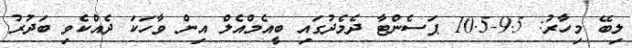
ލިބޭ މިހާރު: 9.5-10.5 ޕަސެންޓާ ދެމެދުގައި ބީއެމްއެލް އިން ވާހަކަ ދެއްކެވި ބަދުރު